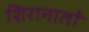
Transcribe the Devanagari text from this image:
शिरानालों